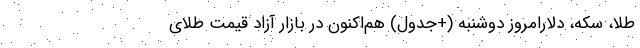
طلا، سکه، دلارامروز دوشنبه (+جدول) هم‌اکنون در بازار آزاد قیمت طلای